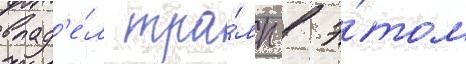
влад'е́л тра́мп в э́том